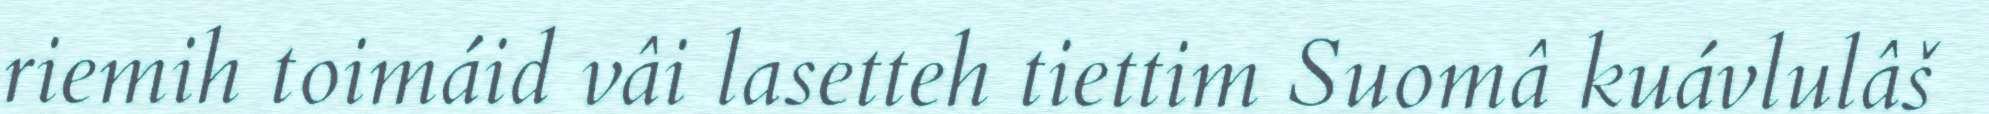
riemih toimáid vâi lasetteh tiettim Suomâ kuávlulâš